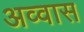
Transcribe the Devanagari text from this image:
अव्वास